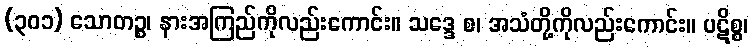
(၃၀၁) သောတဉ္စ၊ နားအကြည်ကိုလည်းကောင်း။ သဒ္ဒေ စ၊ အသံတို့ကိုလည်းကောင်း။ ပဋိစ္စ၊